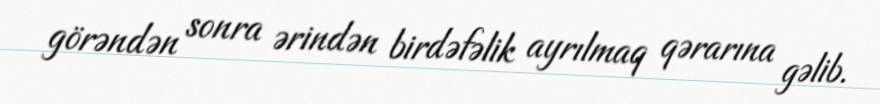
görəndən sonra ərindən birdəfəlik ayrılmaq qərarına gəlib.